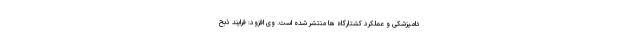
دامپزشکی و عملکرد کشتارگاه ها منتشر شده است. وی افزود: فرایند ذبح